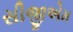
સીજીએમ